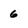
Character: 6